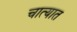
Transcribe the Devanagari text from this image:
चात्यात